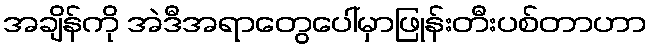
အချိန်ကို အဲဒီအရာတွေပေါ်မှာဖြုန်းတီးပစ်တာဟာ